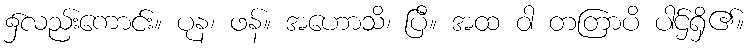
၌လည်းကောင်း။ ပုန၊ ဖန်။ အဟောသိ၊ ပြီ။ အထ ဝါ တတြာပိ ပါဌ်ရှိ၏။